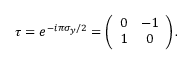
\tau = e ^ { - i \pi \sigma _ { y } / 2 } = \left( \begin{array} { c c } { 0 } & { - 1 } \\ { 1 } & { 0 } \end{array} \right) .